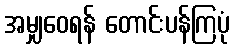
အမျှဝေရန် တောင်းပန်ကြပုံ